Civil Veterinary Department Bihar & Orissa reports 1929-36 - 1929-1936
Year: 1929
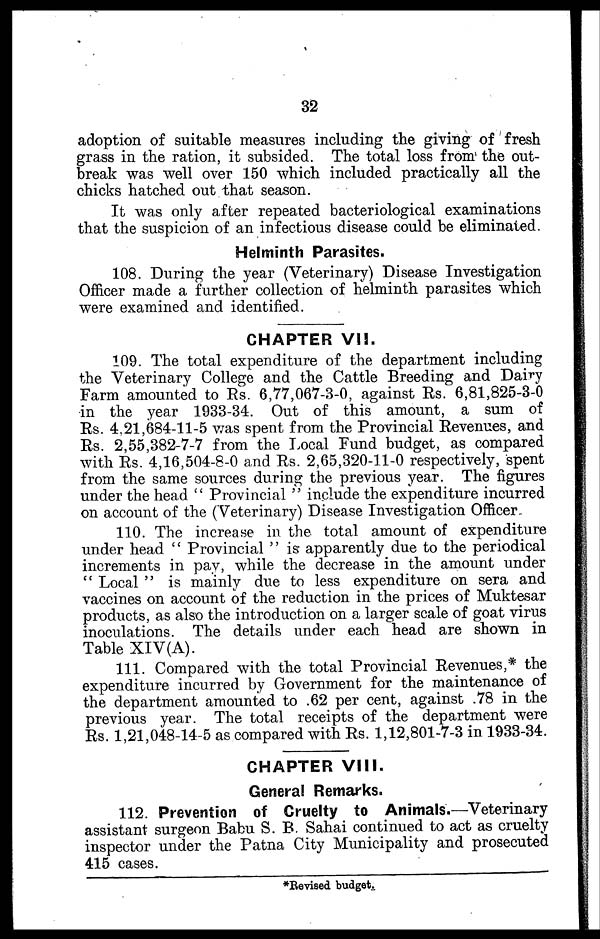
32
adoption of suitable measures including the giving of fresh
grass in the ration, it subsided. The total loss from the out-
break was well over 150 which included practically all the
chicks hatched out that season.
It was only after repeated bacteriological examinations
that the suspicion of an infectious disease could be eliminated.
Helminth Parasites.
108. During the year (Veterinary) Disease Investigation
Officer made a further collection of helminth parasites which
were examined and identified.
CHAPTER VII.
109. The total expenditure of the department including
the Veterinary College and the Cattle Breeding and Dairy
Farm amounted to Rs. 6,77,067-3-0, against Rs. 6,81,825-3-0
in the year 1933-34. Out of this amount, a sum of
Rs. 4,21,684-11-5 was spent from the Provincial Revenues, and
Rs. 2,55,382-7-7 from the Local Fund budget, as compared
with Rs. 4,16,504-8-0 and Rs. 2,65,320-11-0 respectively, spent
from the same sources during the previous year. The figures
under the head " Provincial " include the expenditure incurred
on account of the (Veterinary) Disease Investigation Officer
110. The increase in the total amount of expenditure
under head " Provincial " is apparently due to the periodical
increments in pay, while the decrease in the amount under
" Local " is mainly due to less expenditure on sera and
vaccines on account of the reduction in the prices of Muktesar
products, as also the introduction on a larger scale of goat virus
inoculations. The details under each head are shown in
Table XIV(A).
111. Compared with the total Provincial Revenues,* the
expenditure incurred by Government for the maintenance of
the department amounted to .62 per cent, against .78 in the
previous year. The total receipts of the department were
Rs. 1,21,048-14-5 as compared with Rs. 1,12,801-7-3 in 1933-34.
CHAPTER VIII.
General Remarks.
112. Prevention of Cruelty to Animals.—Veterinary
assistant surgeon Babu S. B. Sahai continued to act as cruelty
inspector under the Patna City Municipality and prosecuted
415 cases.
*Revised budget.